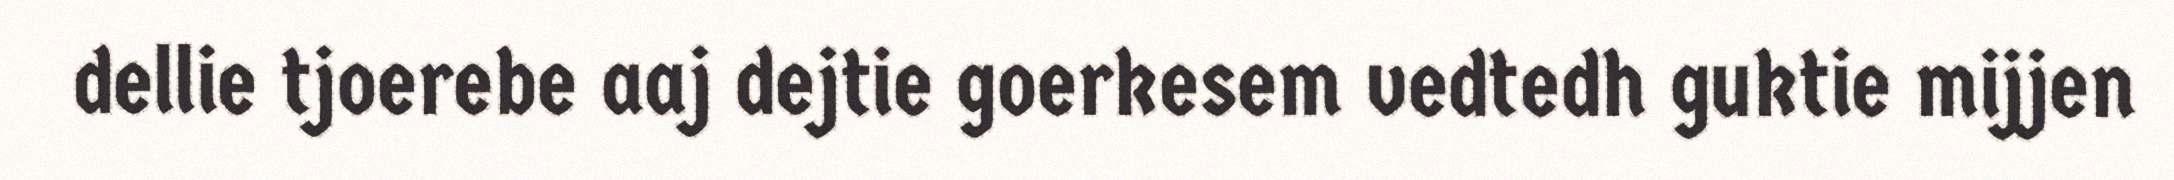
dellie tjoerebe aaj dejtie goerkesem vedtedh guktie mijjen